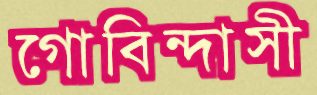
গোবিন্দাসী